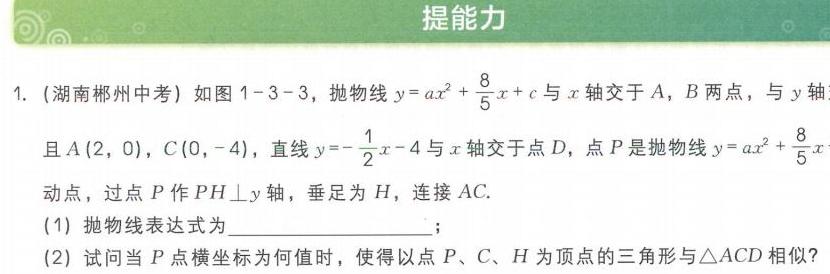
提能力
1. (湖南郴州中考) 如图 1 - 3 - 3，抛物线\(y = ax^{2}+\frac{8}{5}x + c\)与\(x\)轴交于\(A\)，\(B\)两点，与\(y\)轴
且\(A(2,0)\)，\(C(0,-4)\)，直线\(y =-\frac{1}{2}x - 4\)与\(x\)轴交于点\(D\)，点\(P\)是抛物线\(y = ax^{2}+\frac{8}{5}x\)
动点，过点\(P\)作\(PH\perp y\)轴，垂足为\(H\)，连接\(AC\).
(1) 抛物线表达式为  ；
(2) 试问当\(P\)点横坐标为何值时，使得以点\(P\)、\(C\)、\(H\)为顶点的三角形与\(\triangle ACD\)相似?